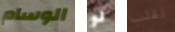
الوسام لو تقلب